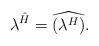
\begin{align*}\lambda^{\hat{H}} = \widehat{(\lambda^H)}.\end{align*}